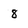
Character: 8